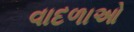
વાદળાઓ